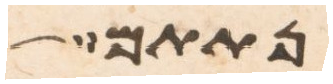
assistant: ונתתם